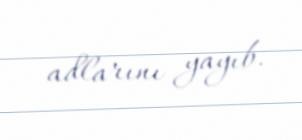
adlarını yayıb.